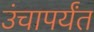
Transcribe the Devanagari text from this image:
उंचापर्यंत